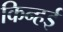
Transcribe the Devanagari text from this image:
किन्हई